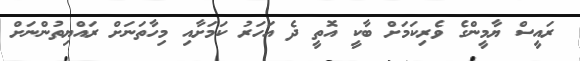
ރައީސް ޔާމީންގެ ވެރިކަމަށް ބާކީ އޮތީ ދެ އަހަރު ކަމަށާއި މިހާތަނަށް ރައްޔިތުންނަށް